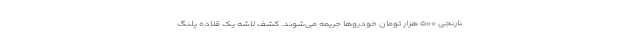
نارنجی ۵۰۰ هزار تومان خودروها جریمه می‌شوند. کشف لاشه یک قلاده پلنگ